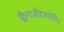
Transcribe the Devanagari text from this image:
फ्लैगजेंडरमेरिन